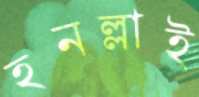
হনল্লাই